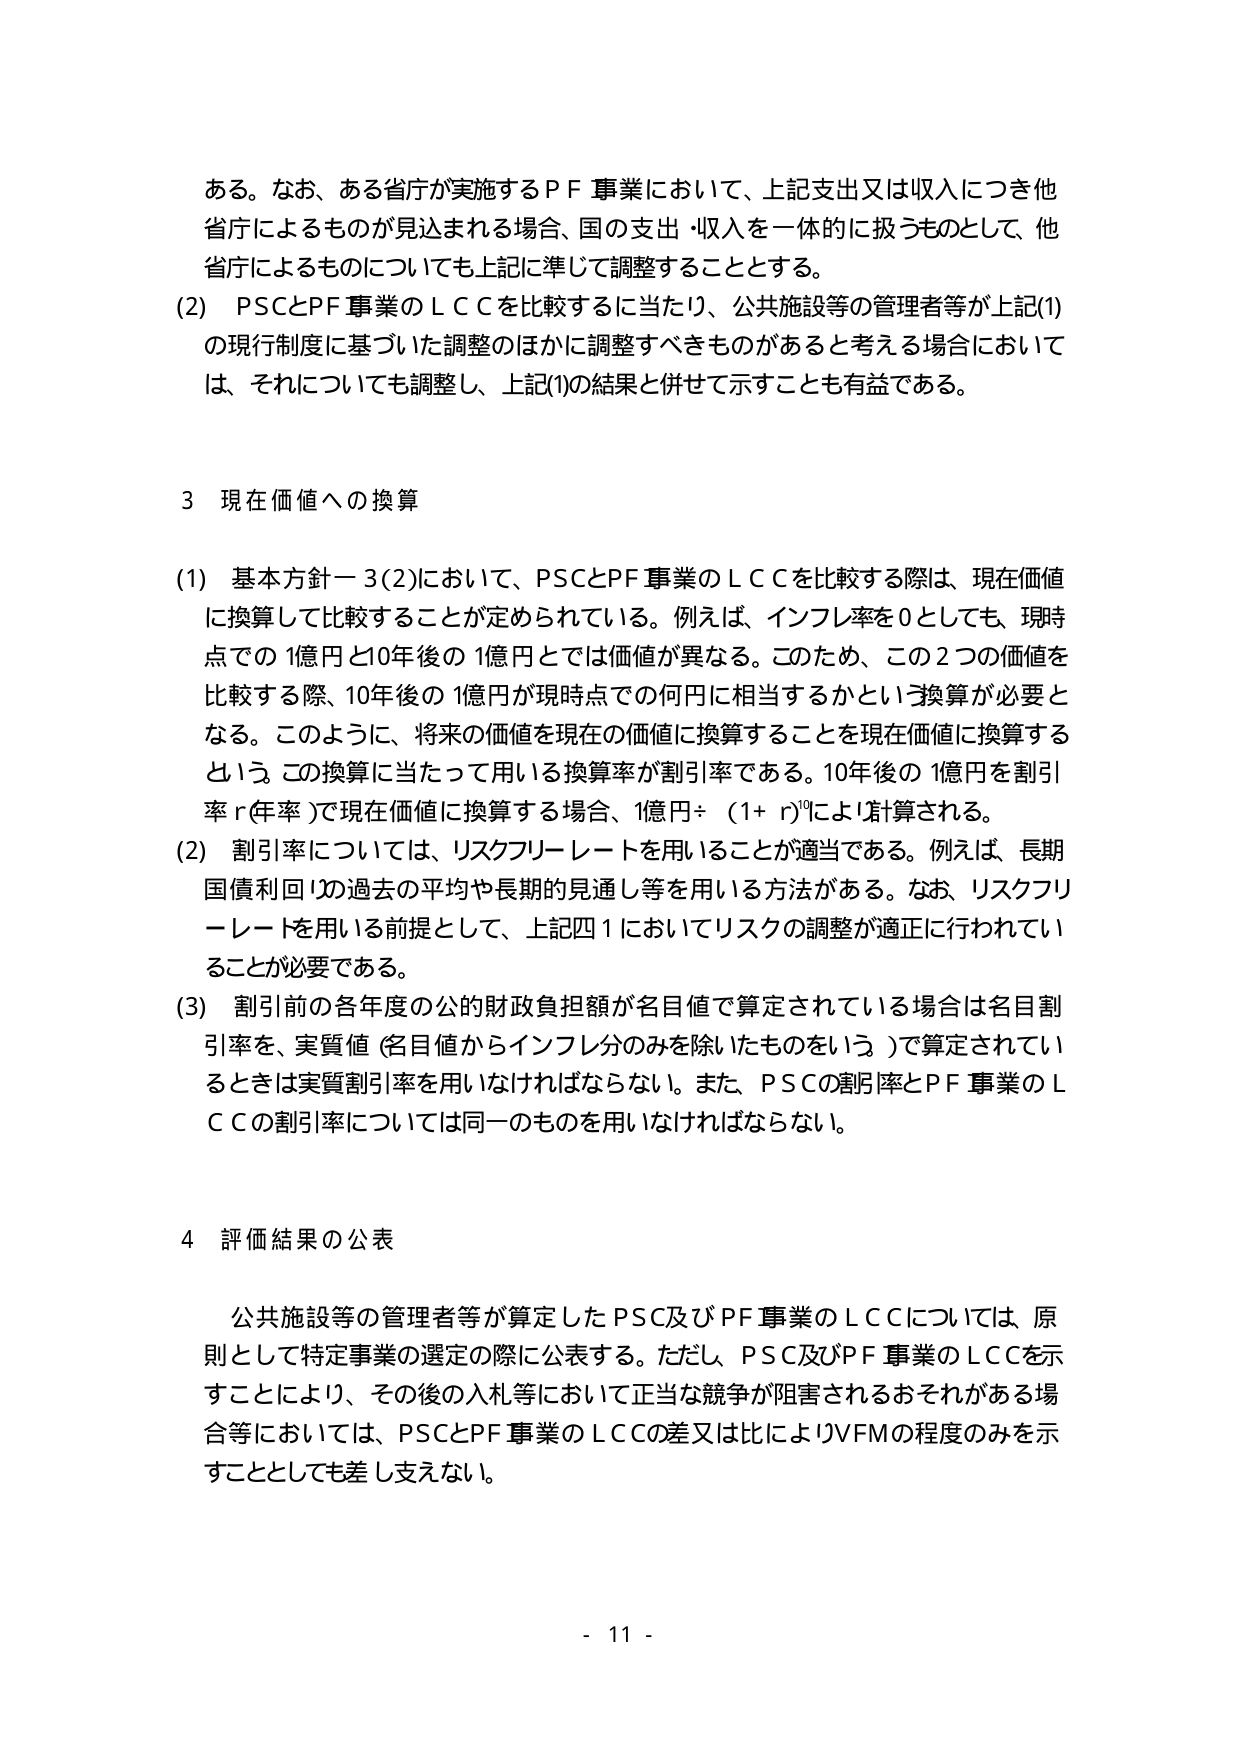
ある。なお、ある省庁が実施するＰＦ事業において、上記支出又は収入につき他省庁によるものが見込まれる場合、国の支出・収入を一体的に扱うものとして、他省庁によるものについても上記に準じて調整することとする。

(2)　ＰＳＣとＰＦ事業のＬＣＣを比較するに当たり、公共施設等の管理者等が上記(1)の現行制度に基づいた調整のほかに調整すべきものがあると考える場合においては、それについても調整し、上記(1)の結果と併せて示すことも有益である。

３　現在価値への換算

(1)　基本方針－３(2)において、ＰＳＣとＰＦ事業のＬＣＣを比較する際は、現在価値に換算して比較することが定められている。例えば、インフレ率を０としても、現時点での１億円と10年後の１億円とでは価値が異なる。このため、この２つの価値を比較する際、10年後の１億円が現時点での何円に相当するかという換算が必要となる。このように、将来の価値を現在の価値に換算することを現在価値に換算するという。この換算に当たって用いる換算率が割引率である。10年後の１億円を割引率ｒ(年率)で現在価値に換算する場合、１億円÷(1＋ｒ)¹⁰により計算される。

(2)　割引率については、リスクフリーレートを用いることが適当である。例えば、長期国債利回りの過去の平均や長期的見通し等を用いる方法がある。なお、リスクフリーレートを用いる前提として、上記四１においてリスクの調整が適正に行われていることが必要である。

(3)　割引前の各年度の公的財政負担額が名目値で算定されている場合は名目割引率を、実質値(名目値からインフレ分のみを除いたものをいう)で算定されているときは実質割引率を用いなければならない。また、ＰＳＣの割引率とＰＦ事業のＬＣＣの割引率については同一のものを用いなければならない。

４　評価結果の公表

　公共施設等の管理者等が算定したＰＳＣ及びＰＦ事業のＬＣＣについては、原則として特定事業の選定の際に公表する。ただし、ＰＳＣ及びＰＦ事業のＬＣＣを示すことにより、その後の入札等において正当な競争が阻害されるおそれがある場合等においては、ＰＳＣとＰＦ事業のＬＣＣの差又は比によりＶＦＭの程度のみを示すこととしても差し支えない。

- 11 -